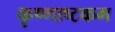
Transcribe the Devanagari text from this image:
कृष्णाष्टकम